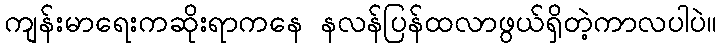
ကျန်းမာရေးကဆိုးရာကနေ နလန်ပြန်ထလာဖွယ်ရှိတဲ့ကာလပါပဲ။